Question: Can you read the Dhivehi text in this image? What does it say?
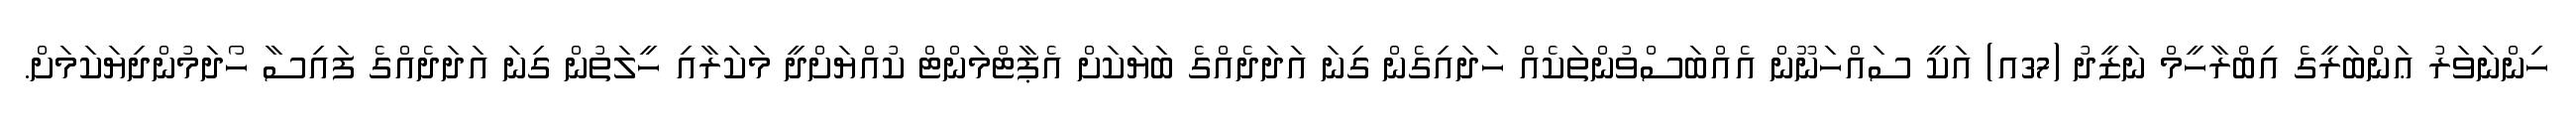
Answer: ހިންނަވަރު ޢަންބަރީގެ އިބްރާހީމް ނަޒީދު (37އ) އަކީ ސައްހަނޫން އެއްބަސްވުންތަކެއް ހަދައިގެން ގިނަ އަދަދެއްގެ ބަޔަކަށް އެޕާޓްމަންޓް ކުއްޔަށްދީ މަކަރާއި ހީލަތުން ގިނަ އަދަދެއްގެ ފައިސާ ހޯދަމުންދިޔަކަމަށް.